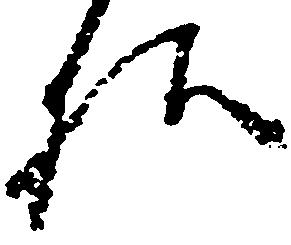
様